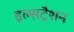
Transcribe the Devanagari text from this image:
इल्सट्रैशन